Language: tamil
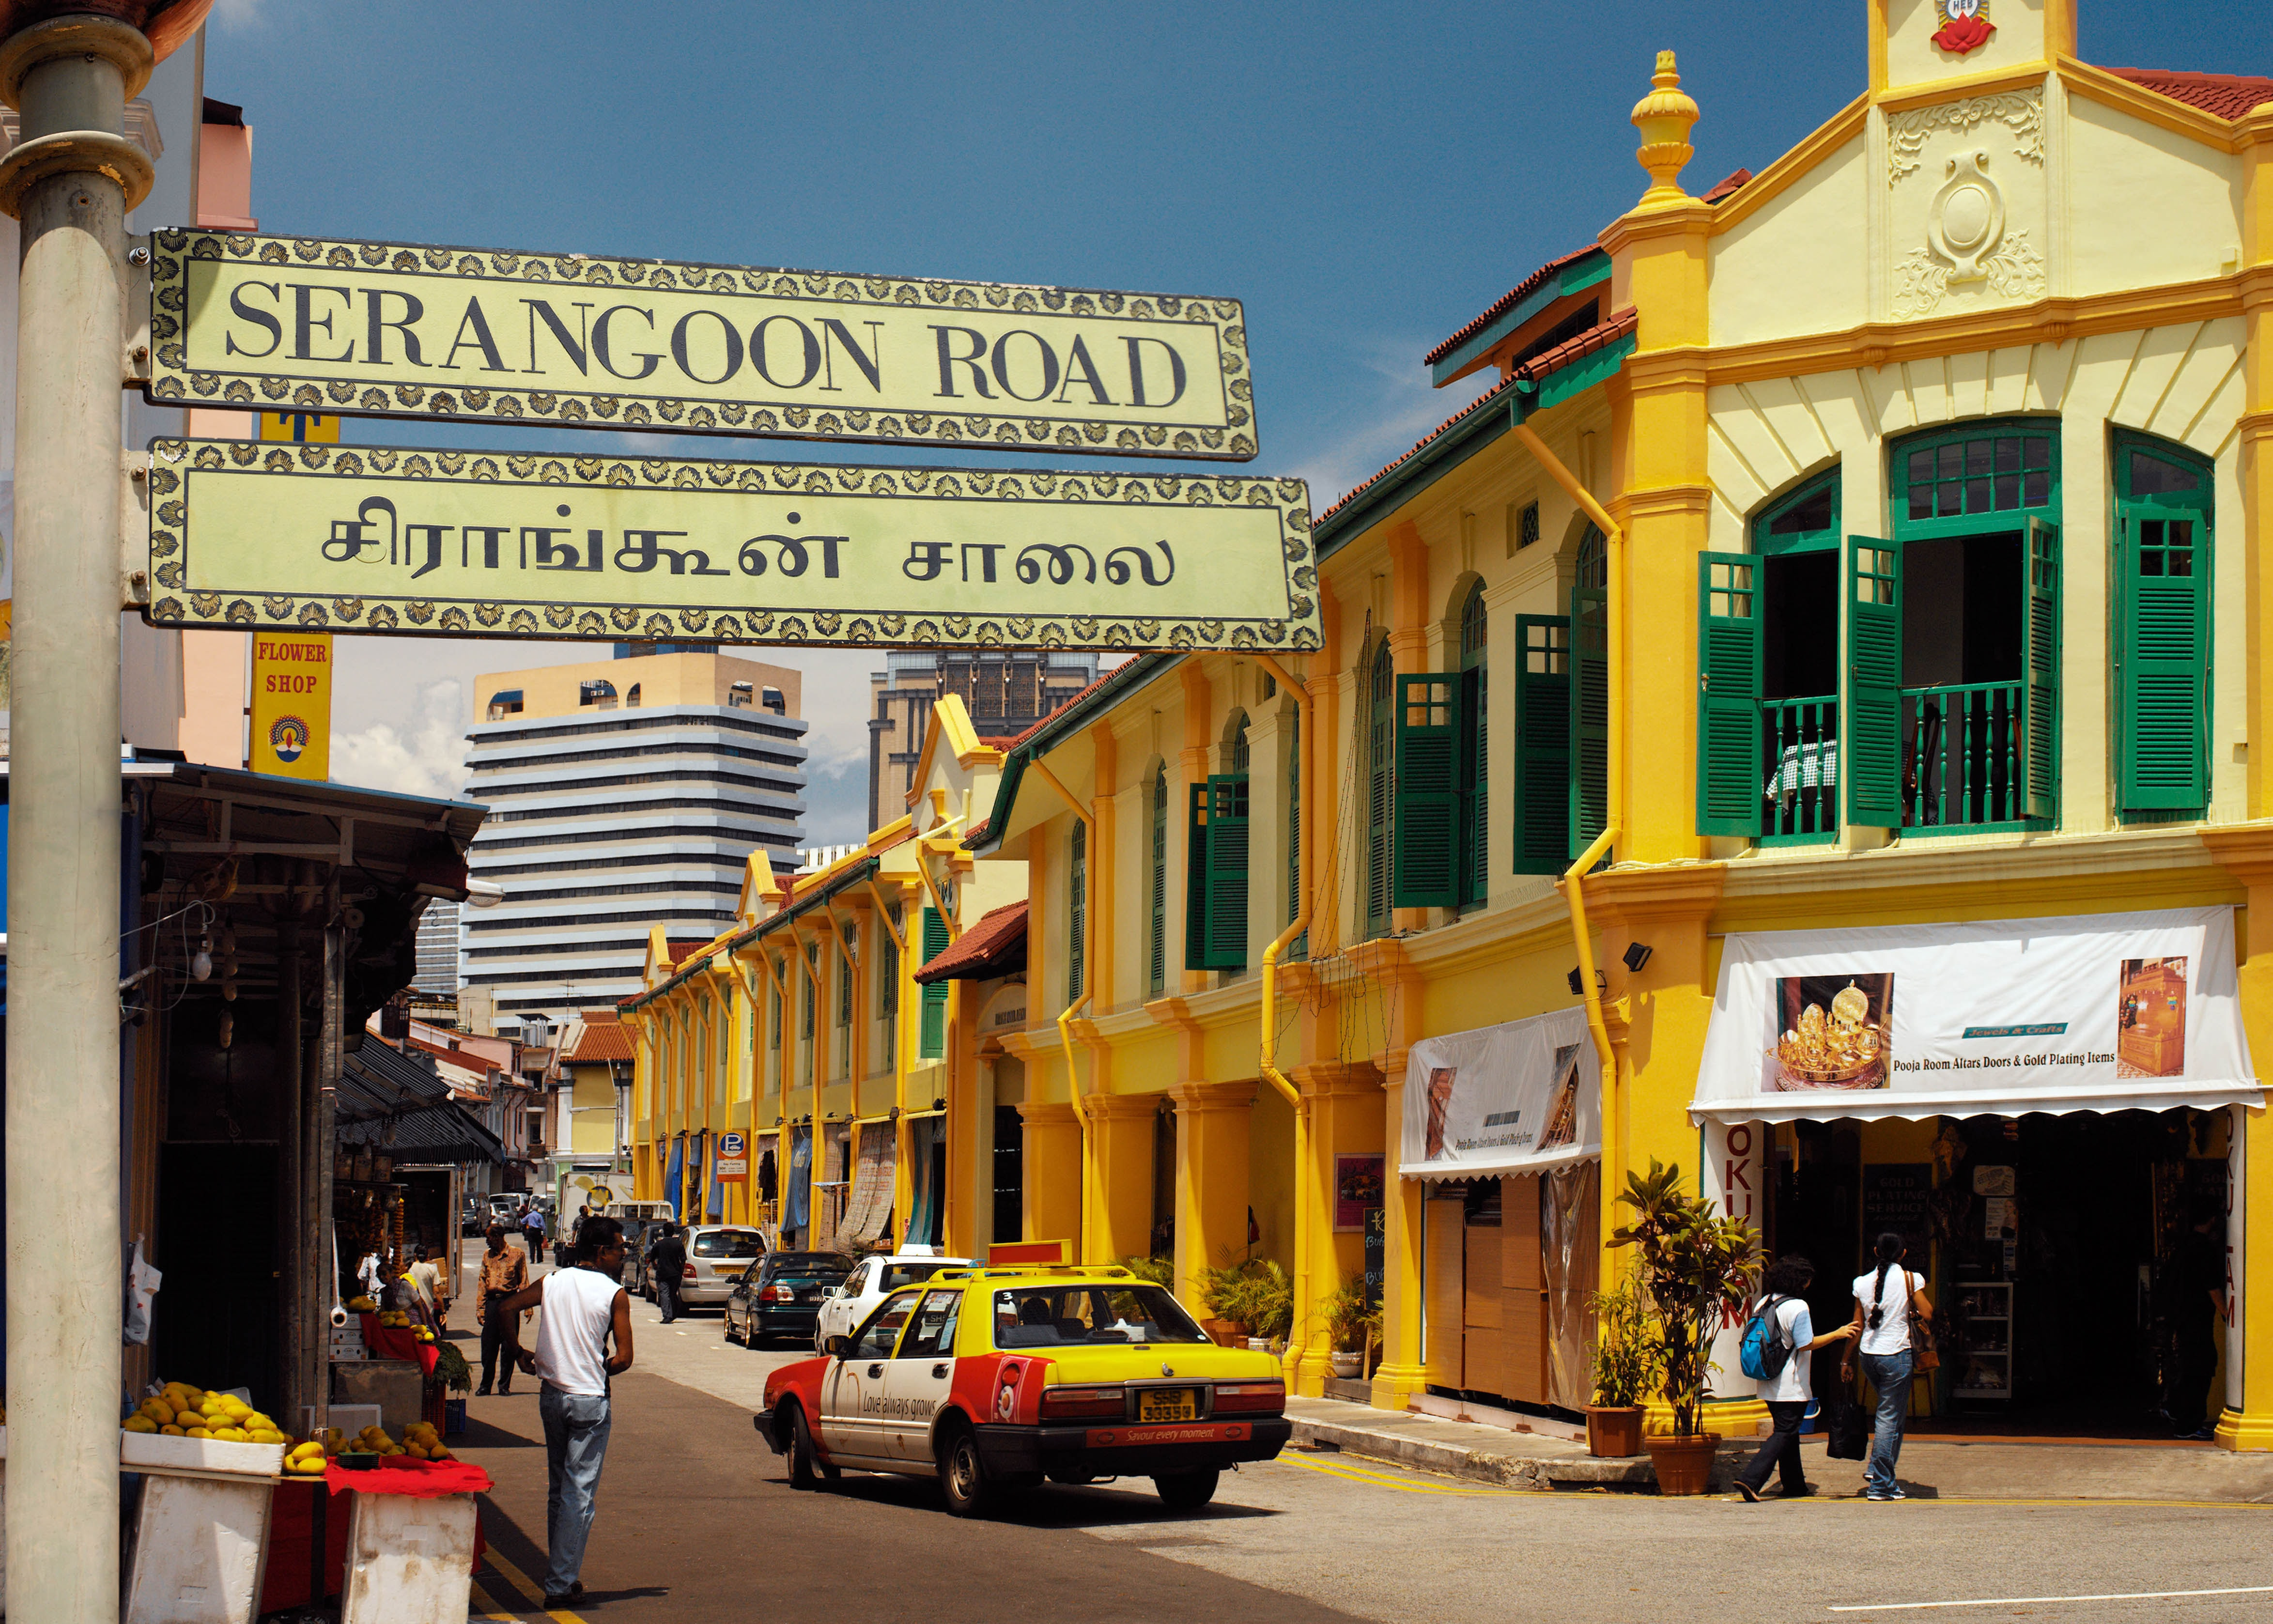
Transcription: சிராங்கூன் சாலை பய